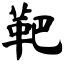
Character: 靶